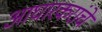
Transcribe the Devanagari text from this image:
आघारकरांचे